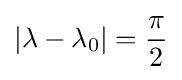
|\lambda -\lambda _{0}|={\frac {\pi }{2}}